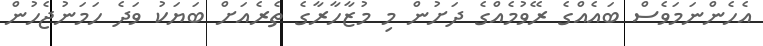
އެހެންނަމަވެސް ބައެއްގެ ރޭވުމެއްގެ ދަށުން މި މުޒާހާރާގެ ތެރެއަށް ބަޔަކު ވަދެ ހަމަނުޖެހުން